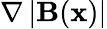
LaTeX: \nabla\left|{\mathbf B}({\mathbf x})\right|